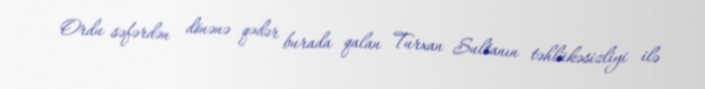
Ordu səfərdən dönənə qədər burada qalan Turxan Sultanın təhlükəsizliyi ilə